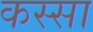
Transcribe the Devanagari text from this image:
कस्सा